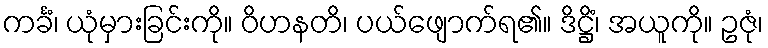
ကင်္ခံ၊ ယုံမှားခြင်းကို။ ဝိဟနတိ၊ ပယ်ဖျောက်ရ၏။ ဒိဋ္ဌိံ၊ အယူကို။ ဥဇုံ၊